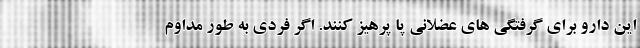
این دارو برای گرفتگی های عضلانی پا پرهیز کنند. اگر فردی به طور مداوم